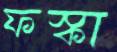
ফস্‌কা